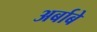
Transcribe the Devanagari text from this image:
अर्बाबे